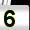
Digit: 5